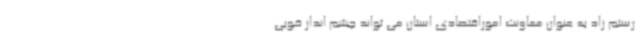
رستم زاد به عنوان معاونت اموراقتصادی استان می تواند چشم انداز خوبی